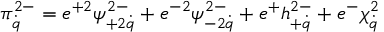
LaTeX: \pi _ { \dot { q } } ^ { 2 - } = e ^ { + 2 } \psi _ { + 2 \dot { q } } ^ { 2 - } + e ^ { - 2 } \psi _ { - 2 \dot { q } } ^ { 2 - } + e ^ { + } h _ { + \dot { q } } ^ { 2 - } + e ^ { - } \chi _ { \dot { q } } ^ { 2 }